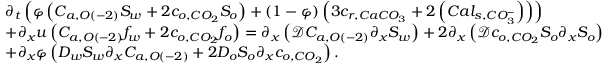
\begin{array} { r l } & { \partial _ { t } \left( \varphi \left( C _ { a , O \left( - 2 \right) } S _ { w } + 2 c _ { o , C O _ { 2 } } S _ { o } \right) + \left( 1 - \varphi \right) \left( 3 c _ { r , C a C O _ { 3 } } + 2 \left( C a l _ { s , C O _ { 3 } ^ { - } } \right) \right) \right) } \\ & { + \partial _ { x } u \left( C _ { a , O \left( - 2 \right) } f _ { w } + 2 c _ { o , C O _ { 2 } } f _ { o } \right) = \partial _ { x } \left( \mathcal { D } C _ { a , O \left( - 2 \right) } \partial _ { x } S _ { w } \right) + 2 \partial _ { x } \left( \mathcal { D } c _ { o , C O _ { 2 } } S _ { o } \partial _ { x } S _ { o } \right) } \\ & { + \partial _ { x } \varphi \left( D _ { w } S _ { w } \partial _ { x } C _ { a , O \left( - 2 \right) } + 2 D _ { o } S _ { o } \partial _ { x } c _ { o , C O _ { 2 } } \right) . } \end{array}